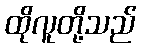
ထိုလူတို့သည်